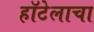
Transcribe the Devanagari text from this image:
हॉटेलाचा